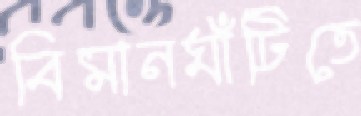
বিমানঘাঁটিতে